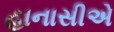
હાનાસીએ